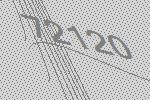
72120